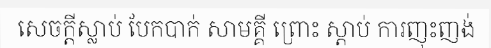
សេចក្តីស្លាប់ បែកបាក់ សាមគ្គី ព្រោះ ស្តាប់ ការញុះញង់